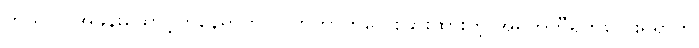
ကိုယ်လဲ အခန်းထောင့်တနေရာက လိုက်ကာကလေးခြားထားတဲ့ အရက်ဘီရိုကလေးရှိရာကို